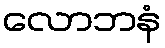
လောဘနံ